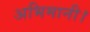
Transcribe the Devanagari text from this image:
अभिमानी।